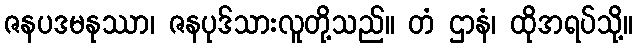
ဇနပဒမနုဿာ၊ ဇနပုဒ်သားလူတို့သည်။ တံ ဌာနံ၊ ထိုအရပ်သို့။